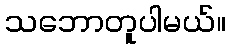
သဘောတူပါမယ်။